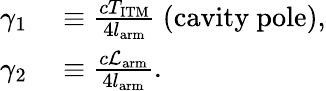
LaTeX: \begin{array}{rl}{\gamma_{1}}&{{}\equiv\frac{cT_{\mathrm{ITM}}}{4l_{\mathrm{arm}}}\ (\mathrm{cavity\ pole}),}\\ {\gamma_{2}}&{{}\equiv\frac{c\mathcal{L}_{\mathrm{arm}}}{4l_{\mathrm{arm}}}.}\end{array}